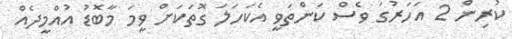
ކުރިން 2 އަހަރުގަ ވެސް ކަންތަވީ އެކަހަލަ ގޮތަކަށް ވީމަ މާބޮޑު އުއްމީދެއް